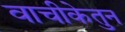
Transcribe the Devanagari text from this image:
वाचीकेतुन